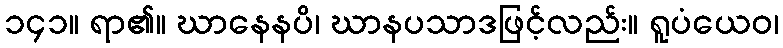
၁၄၁။ ရာ၏။ ဃာနေနပိ၊ ဃာနပသာဒဖြင့်လည်း။ ရူပံယေဝ၊